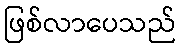
ဖြစ်လာပေသည်